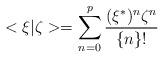
LaTeX: \begin{align*}<\xi |\zeta >=\sum_{n=0}^p\frac{(\xi ^{*})^n\zeta ^n}{\{n\}!}\end{align*}